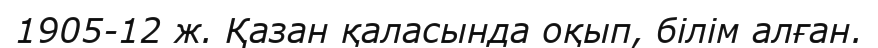
1905-12 ж. Қазан қаласында оқып, білім алған.